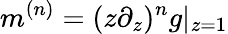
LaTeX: m^{(n)}=(z\partial_{z})^{n}g|_{z=1}